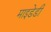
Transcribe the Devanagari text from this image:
माइडेडी